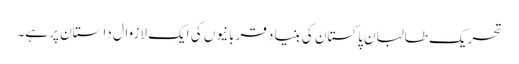
تحریک طالبان پاکستان کی بنیاد قربانیوں کی ایک لازوال داستان پر ہے۔